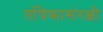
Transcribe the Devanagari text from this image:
तंत्रिकासंरक्षी